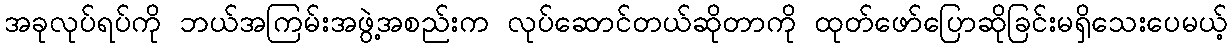
အခုလုပ်ရပ်ကို ဘယ်အကြမ်းအဖွဲ့အစည်းက လုပ်ဆောင်တယ်ဆိုတာကို ထုတ်ဖော်ပြောဆိုခြင်းမရှိသေးပေမယ့်